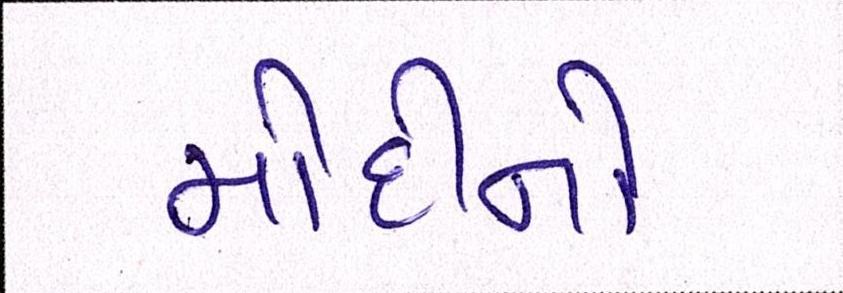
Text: મોદીનો